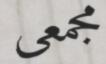
مجمعى